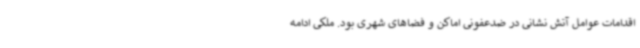
اقدامات عوامل آتش نشانی در ضدعفونی اماکن و فضاهای شهری بود. ملکی ادامه